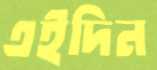
এইদিন